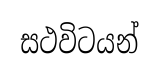
සථවිටයන්